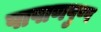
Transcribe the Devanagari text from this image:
पाषाणपुष्प